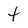
Character: t